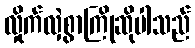
လှိုက်လှဲစွာကြိုဆိုပါသည်